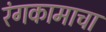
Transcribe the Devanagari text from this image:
रंगकामाचा